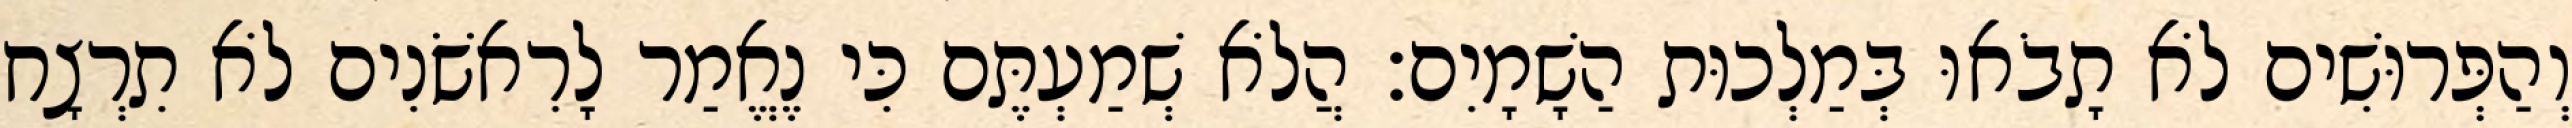
וְהַפְּרוּשִׁים לֹא תָבֹאוּ בְּמַלְכוּת הַשָׁמָיִם׃ הֲלֹא שְׁמַעְתֶּם כִּי נֶאֱמַר לָרִאשֹׁנִים לֹא תִרְצָח